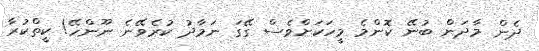
ދެން މާދަން ބުނޭ ކޮންމެ މީހަކަށްވެސް ގޭގަ ނަމާދު ކުރެވޭނެ ނޫންހޭ! ކީތްކުރާ